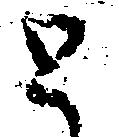
と